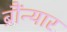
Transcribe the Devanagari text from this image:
ब्रौंन्यार